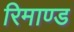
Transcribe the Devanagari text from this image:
रिमाण्ड